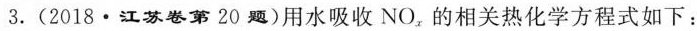
3.(2018·江苏卷第 20 题)用水吸收 NO_{x}的相关热化学方程式如下: